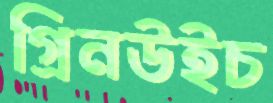
গ্রিনউইচ